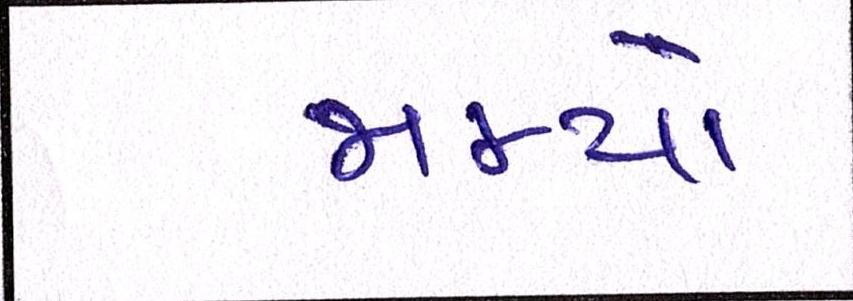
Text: જામ્યો